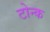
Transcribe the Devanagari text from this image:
टोन्क